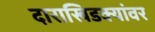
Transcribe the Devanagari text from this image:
दाराखिडक्यांवर